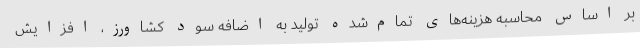
بر اساس محاسبه هزینه‌های تمام‌شده تولید به اضافه سود کشاورز، افزایش